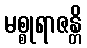
မစ္စုရာဇန္တိ